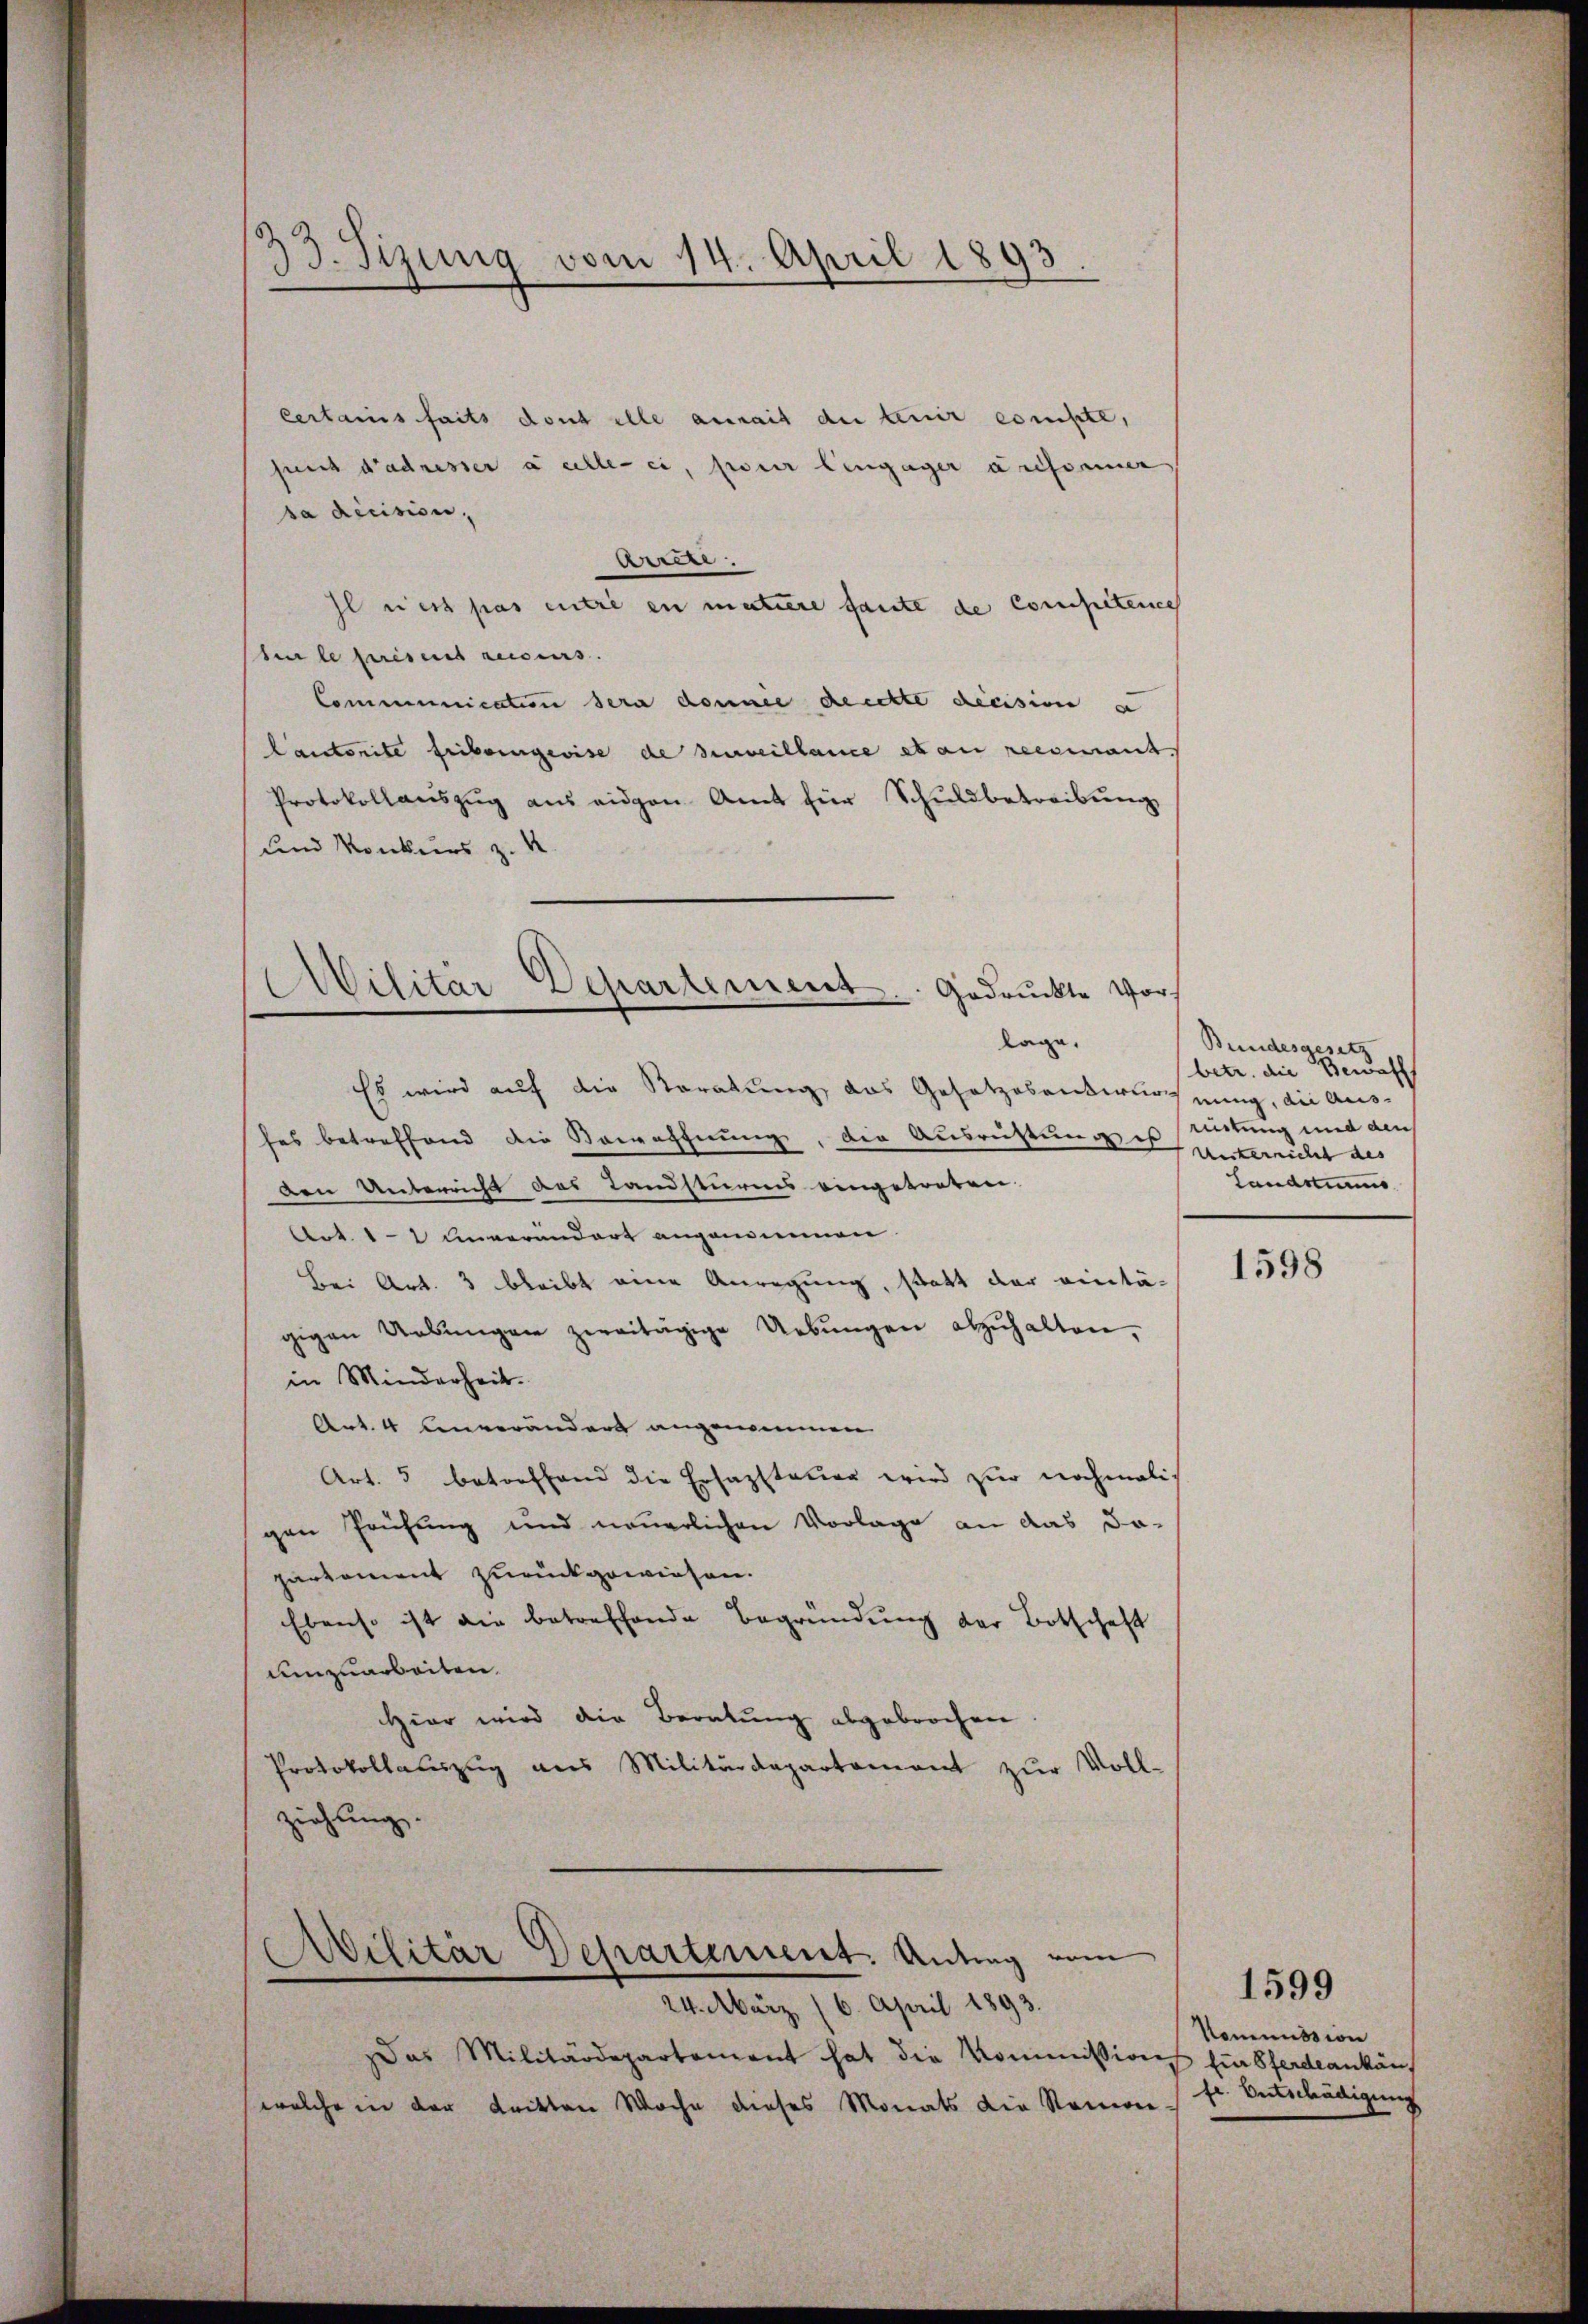
33. Tizung vom 14. April 1893

certains faits dont ille ansait der tenir compte,
sunt d’adresser à celle-ci, pour Eingager arifsummer
ba decision.
arren.
Il nett pas entré en matiere faute de Competenes
ber le prises recours.
Communication sera donne deckte decision a
Cantonite Friboingewise de surveillance et au recomant
Protokollaŭszŭg aŭs eidgen. Amt für Schuldbetreibŭng
und Konkurs z. K.

Ailitar Departement. .  Gedruckte Vors
lage,

Es wird auf die Koratung das Gesetzesentwurfnung, die Aus-
hes betreffend die Bewaffnung, die Ausrichtung es mitung und den
Den Unterricht des Landsturms eingetreten.
Art. 11 unverändert angewinnen.
Bei Art. 3 bleibt eine Anregung, statt der eintä-
gigen Uebŭngen zweitägige Uebŭngen abzŭhalten,
in Minderheit.
Art. 4 unverändert angenommen
Art. 5 betreffend die Ersazsteuer wird zur nochmaligen Prüfung und neuerlichen Vorlage an das Ja-
partement zurückgewiesen.
Ebenso ist die betreffende Begründung der Botschaft
umzuarbeiten.
Hier wird die Beratung abgebrochen
Protokollauszug aus Militärdepartament zŭr Voll-
ziehung.

Militär Departement. Antrag vom

24. März 16. April 1893.
as Militärdepartement hat die Kommissions für Pferdeankäuwelche in der dritten Woche dieses Monats die Nomon-

Bundesgesetz
betr. die Bewaff
Unternicht des |
Landstimm

1598

Kommissione
fe. Entschädigung

1599